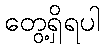
တွေ့ရှိရပါ